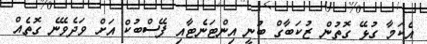
އެކަމާ ގުޅޭ ގޮތުން ޒުކަބާގް ބުނީ އިންޓަނެޓާއި ފޭސްބުކް އަށް ވަދެވޭނެ ގޮތެއް